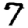
Digit: 7